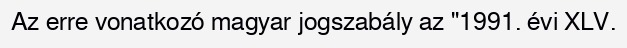
Az erre vonatkozó magyar jogszabály az "1991. évi XLV.